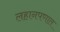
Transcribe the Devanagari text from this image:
लहानपणात